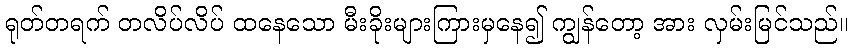
ရုတ်တရက် တလိပ်လိပ် ထနေသော မီးခိုးများကြားမှနေ၍ ကျွန်တော့ အား လှမ်းမြင်သည်။